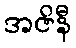
အဇိနီ